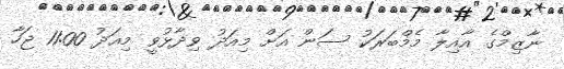
ނާޒިމްގެ އާއިލާ މެމްބަރަކު ސަން އަށް މިއަދު ވިދާޅުވީ މިއަދު 11:00 ޖަހާ